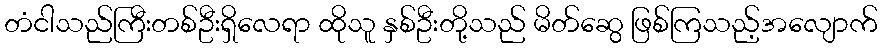
တံငါသည်ကြီးတစ်ဦးရှိလေရာ ထိုသူ နှစ်ဦးတို့သည် မိတ်ဆွေ ဖြစ်ကြသည့်အလျောက်